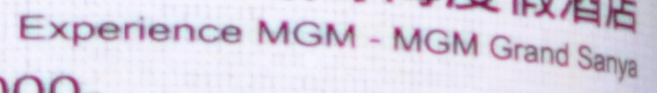
Experience MGM-MGM Grand Sanya